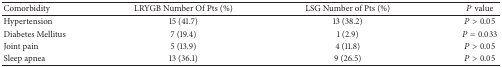
<table><thead><tr><td><b>Comorbidity</b></td><td><b>LRYGB Number Of Pts (%)</b></td><td><b>LSG Number of Pts (%)</b></td><td><b><i>P</i> value</b></td></tr></thead><tbody><tr><td>Hypertension</td><td>15 (41.7)</td><td>13 (38.2)</td><td><i>P</i> &gt; 0.05</td></tr><tr><td>Diabetes Mellitus</td><td>7 (19.4)</td><td>1 (2.9)</td><td><i>P</i> = 0.033</td></tr><tr><td>Joint pain</td><td>5 (13.9)</td><td>4 (11.8)</td><td><i>P</i> &gt; 0.05</td></tr><tr><td>Sleep apnea</td><td>13 (36.1)</td><td>9 (26.5)</td><td><i>P</i> &gt; 0.05</td></tr></tbody></table>